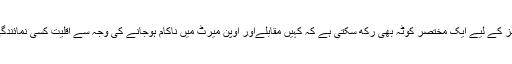
اسلامی حکومت بعض پوزیشنز کے لیے ایک مختصر کوٹہ بھی رکھ سکتی ہے کہ کہیں مقابلےاور اوپن میرٹ میں ناکام ہوجانے کی وجہ سے اقلیت کسی نمائندگی سے ہی محروم نہ ہوجائے۔